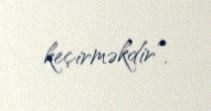
keçirməkdir”.